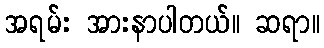
အရမ်း အားနာပါတယ်။ ဆရာ။